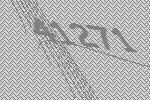
41271